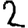
Digit: 2